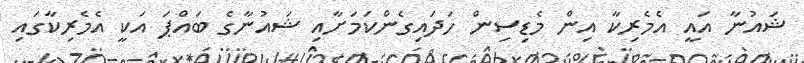
ޝައުނާ އައީ އެމެރިކާ އިން މެޑިސިން ހަދައިގެންކަމަށާއި ޝައުނާގެ ބައްޕަ އަކީ އެމެރިކާގައި